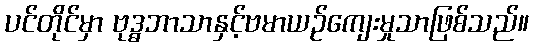
ပင်တိုင်မှာ ဗုဒ္ဓဘာသာနှင့်ဗမာယဉ်ကျေးမှုသာဖြစ်သည်။